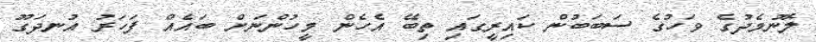
ލޮނުމެދުގެ ވަހުގެ ސަބަބުން ކައިރީގައި ތިބޭ އެހެން މީހުންނަށް ބައެއް ފަހަރު އުނދަގޫ